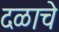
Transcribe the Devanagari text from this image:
दळाचे